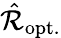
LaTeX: \hat{\mathcal{R}}_{\mathrm{opt.}}